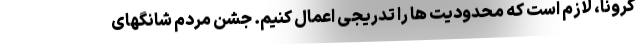
کرونا، لازم است که محدودیت ها را تدریجی اعمال کنیم. جشن مردم شانگهای